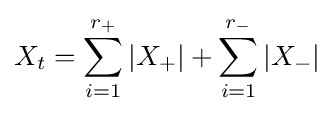
X_{t}=\sum _{i=1}^{r_{+}}|X_{+}|+\sum _{i=1}^{r_{-}}|X_{-}|